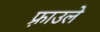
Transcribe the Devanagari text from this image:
फ़्राउले